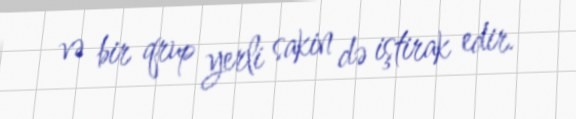
və bir qrup yerli sakin də iştirak edir.